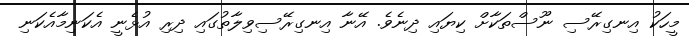
މީހަކު އިނގިރޭސި ނޫސްތަކާށް ކިޔައި ދިނެވެ. އޭނާ އިނގިރޭސިވިލާތުގައި ދިރި އުޅެނީ އެކަނިމާއެކަނި